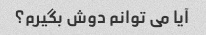
آیا می توانم دوش بگیرم؟